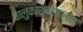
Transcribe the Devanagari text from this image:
वालुकाश्मापासुन